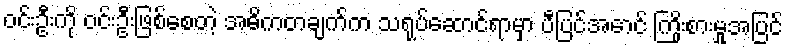
ဝင်းဦးကို ဝင်းဦးဖြစ်စေတဲ့ အဓိကတချက်က သရုပ်ဆောင်ရာမှာ ပီပြင်အောင် ကြိုးစားမှုအပြင်